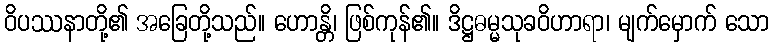
ဝိပဿနာတို့၏ အခြေတို့သည်။ ဟောန္တိ၊ ဖြစ်ကုန်၏။ ဒိဋ္ဌဓမ္မသုခဝိဟာရာ၊ မျက်မှောက် သော